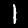
Digit: 1